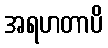
အရဟတာပိ